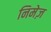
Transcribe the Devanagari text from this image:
निमेज़